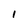
Character: 1